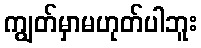
ကျွတ်မှာမဟုတ်ပါဘူး